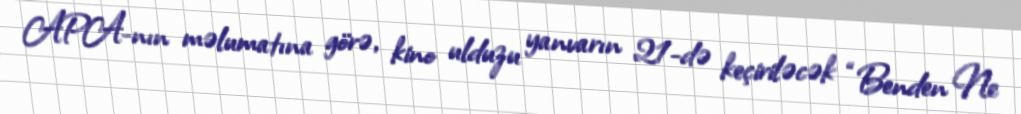
APA-nın məlumatına görə, kino ulduzu yanvarın 21-də keçiriləcək “Benden Ne